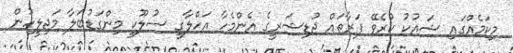
މިކަމެއްގައި ޝައުކު ކުރެވޭ ފަރާތައް ޖުޑިޝަރީގެ އެންމެހާ އަހްލާގީ ސުލޫކީ މިންގަޑުބަލާ މަޖިލީހުން